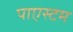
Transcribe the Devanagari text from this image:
पाएस्टम